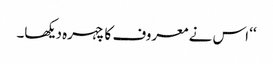
‘‘ اس نے معروف کا چہرہ دیکھا۔